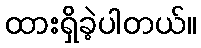
ထားရှိခဲ့ပါတယ်။